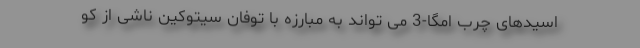
اسیدهای چرب امگا-3 می تواند به مبارزه با توفان سیتوکین ناشی از کو